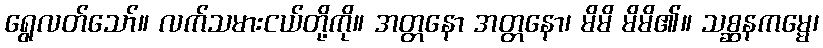
ရွေလတ်သော်။ လက်သမားငယ်တို့ကို။ အတ္တနော အတ္တနော၊ မိမိ မိမိ၏။ သစ္ဆနကမ္မေ၊